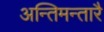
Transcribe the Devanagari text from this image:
अन्तिमन्तारै